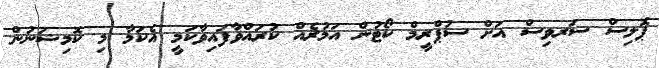
ޕޮލިސް ސަރވިސް އަށް ސުޕްރީމް ކޯޓުން އަމުރެއް ކުރައްވާފައިވާކަމީ އެކަމާ މި ކޮމިޝަނުން